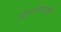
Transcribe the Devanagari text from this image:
द्वारकेचाही